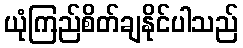
ယုံကြည်စိတ်ချနိုင်ပါသည်